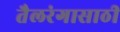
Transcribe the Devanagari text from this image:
तैलरंगासाठी